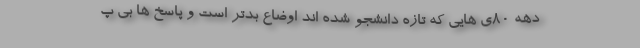
دهه ۸۰ی هایی که تازه دانشجو شده اند اوضاع بدتر است و پاسخ ها بی پ